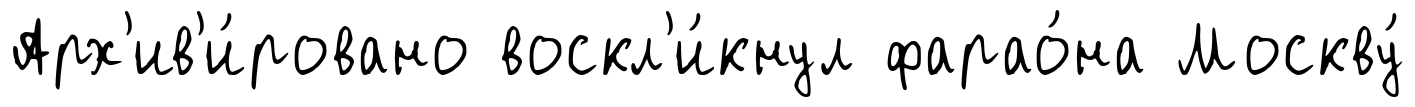
Арх'ив'и́ровано воскл'и́кнул фарао́на Москву́